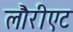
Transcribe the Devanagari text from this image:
लौरीएट